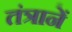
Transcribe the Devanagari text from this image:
तंत्रानें